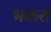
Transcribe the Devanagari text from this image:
भकरो